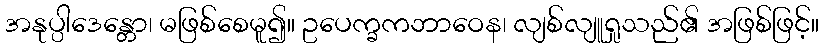
အနုပ္ပါဒေန္တော၊ မဖြစ်စေမူ၍။ ဥပေက္ခကဘာဝေန၊ လျစ်လျူရှုသည်၏ အဖြစ်ဖြင့်။